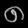
Digit: ၈